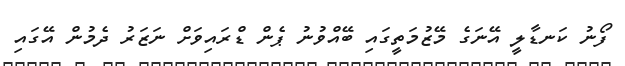
ފޯނު ކަނޑާލީ އޭނަގެ މޭޒުމަތީގައި ބޭއްވުނު ޕެން ޑްރައިވަށް ނަޒަރު ދެމުން އޭގައި